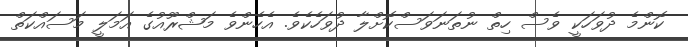
ކޮންމެ ދުވަހަކީ ވެސް ހިތް ނުތަނަވަސްކޮށްލާ ދުވަހެކެވެ. އެހެންވެ މަޝްރޫއުގެ އަމަލީ މަސައްކަތް